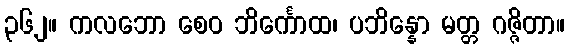
၃၆၂။ ကလဘော စေဝ ဘိင်္ကောထ၊ ပဘိန္နော မတ္တ ဂဇ္ဇိတာ။